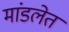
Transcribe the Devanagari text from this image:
मांडलेत